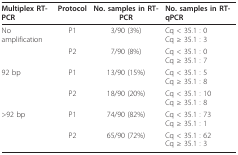
| Multiplex RT-PCR | Protocol | No. samples in RT-PCR | No. samples in RT-qPCR |
 | --- | --- | --- | --- |
 | No amplification | P1 | 3/90 (3%) | Cq < 35.1 : 0Cq ≥ 35.1 : 3 |
 |  | P2 | 7/90 (8%) | Cq < 35.1 : 0Cq ≥ 35.1 : 7 |
 | 92 bp | P1 | 13/90 (15%) | Cq < 35.1 : 5Cq ≥ 35.1 : 8 |
 |  | P2 | 18/90 (20%) | Cq < 35.1 : 10Cq ≥ 35.1 : 8 |
 | >92 bp | P1 | 74/90 (82%) | Cq < 35.1 : 73Cq ≥ 35.1 : 1 |
 |  | P2 | 65/90 (72%) | Cq < 35.1 : 62Cq ≥ 35.1 : 3 |